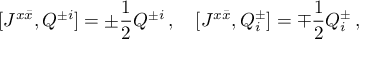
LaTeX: [ J ^ { x \bar { x } } , Q ^ { \pm i } ] = \pm \frac { 1 } { 2 } Q ^ { \pm i } \, , \quad [ J ^ { x \bar { x } } , Q _ { i } ^ { \pm } ] = \mp \frac { 1 } { 2 } Q _ { i } ^ { \pm } \, ,